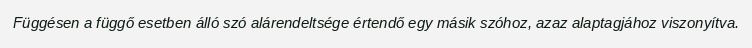
Függésen a függő esetben álló szó alárendeltsége értendő egy másik szóhoz, azaz alaptagjához viszonyítva.